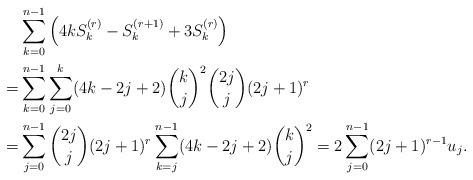
LaTeX: \begin{align*}&\sum_{k=0}^{n-1}\left(4kS_k^{(r)}-S_k^{(r+1)}+3S_k^{(r)}\right)\\=&\sum_{k=0}^{n-1}\sum_{j=0}^k(4k-2j+2)\binom kj^2\binom{2j}j(2j+1)^r\\=&\sum_{j=0}^{n-1}\binom{2j}j(2j+1)^r\sum_{k=j}^{n-1}(4k-2j+2)\binom kj^2=2\sum_{j=0}^{n-1}(2j+1)^{r-1}u_j.\end{align*}